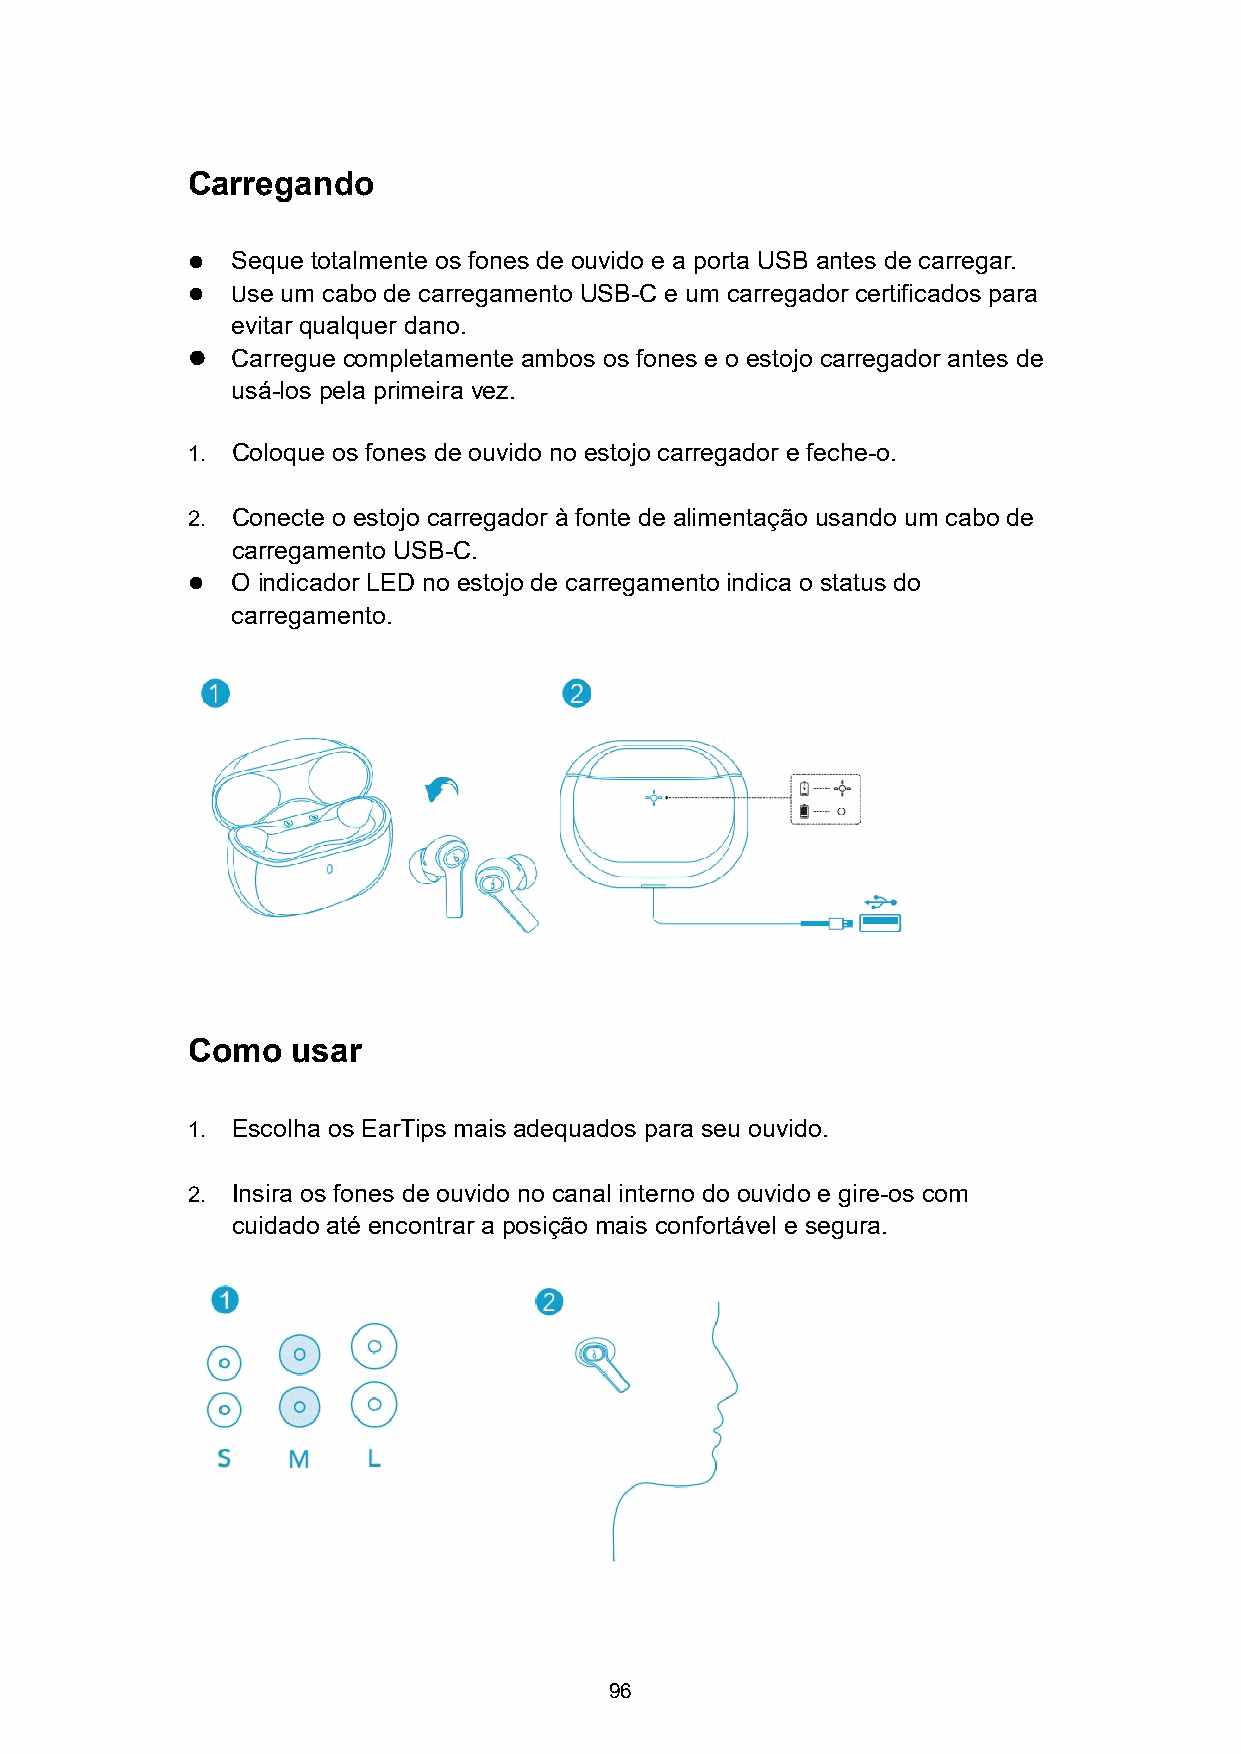
Carregando
   Seque totalmente os fones de ouvido e a porta USB antes de carregar.
   Use um cabo de carregamento USB-C e um carregador certificados para
 evitar qualquer dano.
   Carregue completamente ambos os fones e o estojo carregador antes de
 usá-los pela primeira vez.
 1. Coloque os fones de ouvido no estojo carregador e feche-o.
 2. Conecte o estojo carregador à fonte de alimentação usando um cabo de
 carregamento USB-C.
   O indicador LED no estojo de carregamento indica o status do
 carregamento.
 Como   usar
 1. Escolha os EarTips mais adequados para seu ouvido.
 2. Insira os fones de ouvido no canal interno do ouvido e gire-os com
 cuidado até encontrar a posição mais confortável e segura.
 96